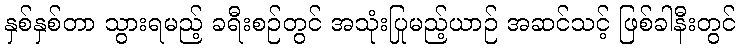
နှစ်နှစ်တာ သွားရမည့် ခရီးစဉ်တွင် အသုံးပြုမည့်ယာဉ် အဆင်သင့် ဖြစ်ခါနီးတွင်